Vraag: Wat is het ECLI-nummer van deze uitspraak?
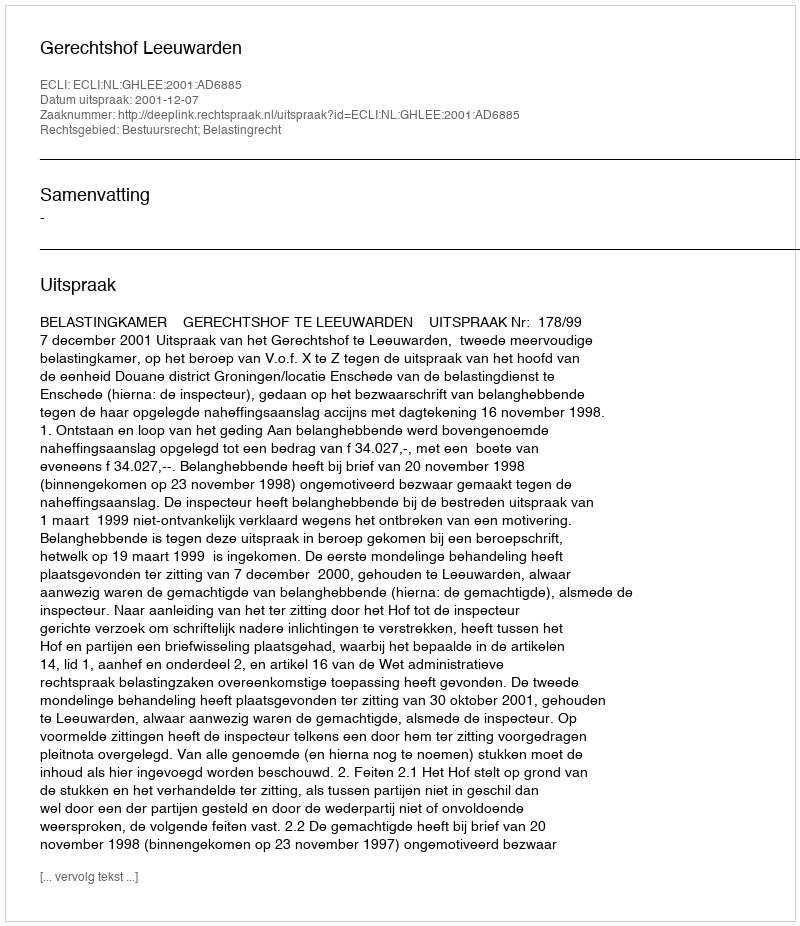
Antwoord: ECLI:NL:GHLEE:2001:AD6885